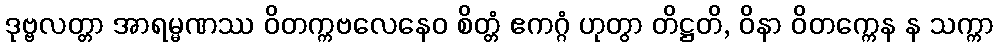
ဒုဗ္ဗလတ္တာ အာရမ္မဏဿ ဝိတက္ကဗလေနေဝ စိတ္တံ ဧကဂ္ဂံ ဟုတွာ တိဋ္ဌတိ, ဝိနာ ဝိတက္ကေန န သက္ကာ